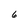
Character: 6